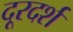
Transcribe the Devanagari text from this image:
दूरदर्श